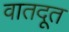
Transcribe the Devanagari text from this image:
वातदूत